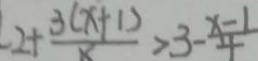
2 + \frac { 3 ( x + 1 ) } { x } > 3 - \frac { x - 1 } { 4 }